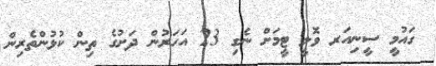
ގައުމީ ސީނިއަރ ވޮލީ ޓީމަށް ނެގި 23 އަހަރުން ދަށުގެ ތިން ކުޅުންތެރިން